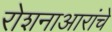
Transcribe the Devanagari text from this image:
रोशनाआरांचे